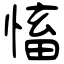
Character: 慉